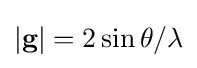
|\mathbf {g} |=2\sin \theta /\lambda